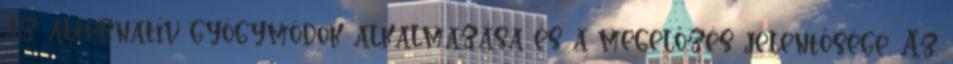
az alternatív gyógymódok alkalmazása és a megelőzés jelentősége. Az